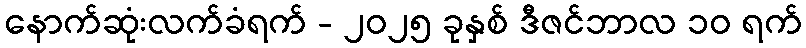
နောက်ဆုံးလက်ခံရက် - ၂၀၂၅ ခုနှစ် ဒီဇင်ဘာလ ၁၀ ရက်